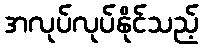
အလုပ်လုပ်နိုင်သည့်